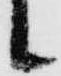
候